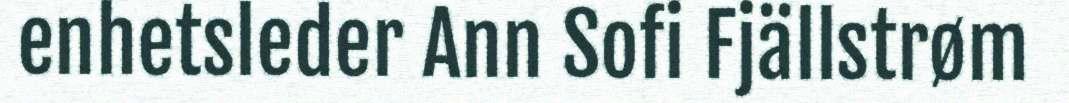
enhetsleder Ann Sofi Fjällstrøm